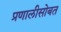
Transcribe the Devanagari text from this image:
प्रणालीसोबत